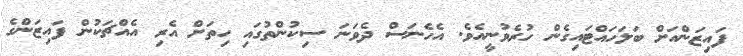
ފައިޒަންއަށް ބަލަހައްޓައިގެން ހުރެވުނީއެވެ. އެހެނަސް ދެވަނަ ސިކުންތުގައި ހިތަށް އެރި އެއްޗަކުން ފައިޒަންގެ